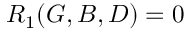
R _ { 1 } ( G , B , D ) = 0